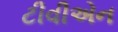
ટીવીએન